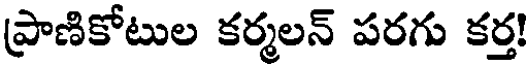
ప్రాణికోటుల కర్మలన్ పరగు కర్త!